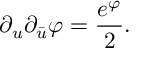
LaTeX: \partial _ { u } \partial _ { \bar { u } } \varphi = { \frac { e ^ { \varphi } } { 2 } } .